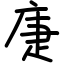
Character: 𢈻